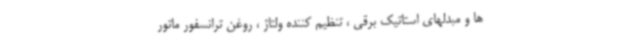
ها و مبدلهای استاتیک برقی ، تنظیم کننده ولتاژ ، روغن ترانسفور ماتور